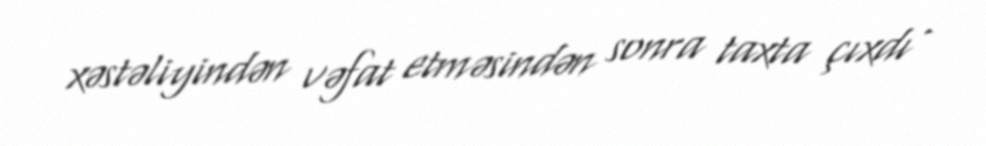
xəstəliyindən vəfat etməsindən sonra taxta çıxdı .